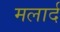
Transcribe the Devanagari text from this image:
मलार्द